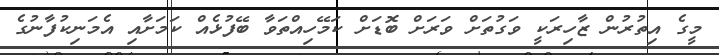
މީގެ އިތުރުން ޒާހިރަކީ ވަގުތަށް ވަރަށް ބޮޑަށް ކަމޭހިއްތަވާ ބޭފުޅެއް ކަމަށާއި އެމަނިކުފާނުގެ